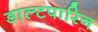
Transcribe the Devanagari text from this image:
डाल्टपारिन